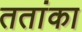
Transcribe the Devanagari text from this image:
ततांका